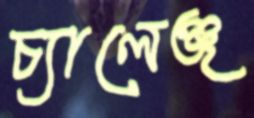
চ্যালেঞ্জ